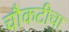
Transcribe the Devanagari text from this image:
चौकटीचा